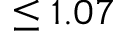
\leq 1 . 0 7